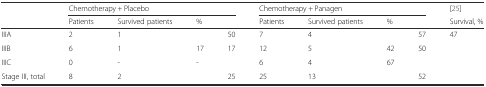
<table><thead><tr><td rowspan="2"></td><td colspan="4"><b>Chemotherapy + Placebo</b></td><td colspan="4"><b>Chemotherapy + Panagen</b></td><td><b>[25]</b></td></tr><tr><td><b>Patients</b></td><td><b>Survived patients</b></td><td colspan="2"><b>%</b></td><td><b>Patients</b></td><td><b>Survived patients</b></td><td colspan="2"><b>%</b></td><td><b>Survival, %</b></td></tr></thead><tbody><tr><td>IIIA</td><td>2</td><td>1</td><td></td><td>50</td><td>7</td><td>4</td><td></td><td>57</td><td rowspan="2">47</td></tr><tr><td>IIIB</td><td>6</td><td>1</td><td>17</td><td rowspan="2">17</td><td>12</td><td>5</td><td>42</td><td rowspan="2">50</td></tr><tr><td>IIIC</td><td>0</td><td>-</td><td>-</td><td>6</td><td>4</td><td>67</td><td></td></tr><tr><td>Stage III, total</td><td>8</td><td>2</td><td></td><td>25</td><td>25</td><td>13</td><td></td><td>52</td><td></td></tr></tbody></table>